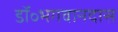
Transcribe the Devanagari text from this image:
डॉ॰भगवानदास